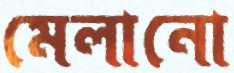
মেলানো